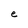
Character: e